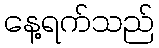
နေ့ရက်သည်